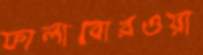
ফালাবোরওয়া